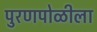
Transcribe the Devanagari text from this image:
पुरणपोळीला